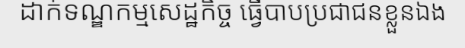
ដាក់ទណ្ឌកម្មសេដ្ឋកិច្ច ធ្វើបាបប្រជាជនខ្លួនឯង